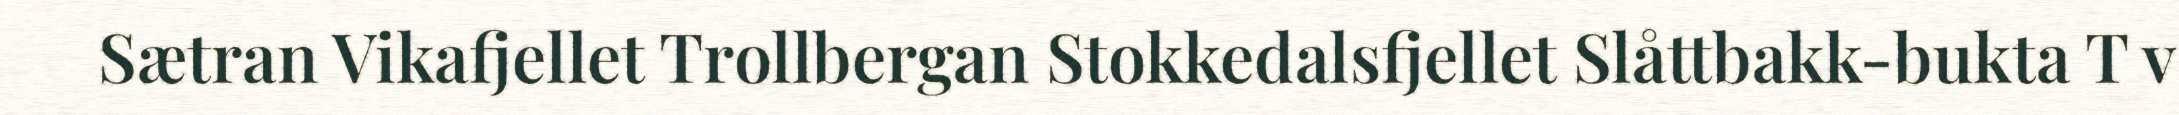
Sætran Vikafjellet Trollbergan Stokkedalsfjellet Slåttbakk-bukta T v